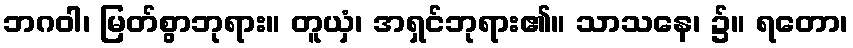
ဘဂဝါ၊ မြတ်စွာဘုရား။ တူယှံ၊ အရှင်ဘုရား၏။ သာသနေ၊ ၌။ ရတော၊